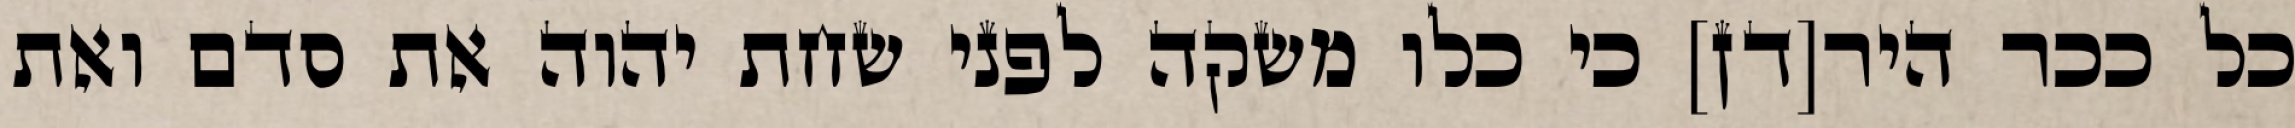
כל ככר היר[דן] כי כלו משקה לפני שחת יהוה את סדם ואת